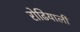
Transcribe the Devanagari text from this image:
रोढियाली